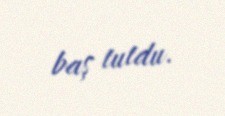
baş tutdu.